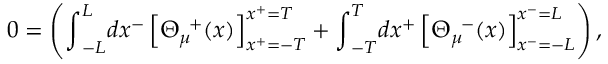
0 = \left( { \int } _ { - L } ^ { L } d x ^ { - } \left[ { \Theta } _ { \mu } ^ { \; \; + } ( x ) \right] _ { x ^ { + } = - T } ^ { x ^ { + } = T } + { \int } _ { - T } ^ { T } d x ^ { + } \left[ { \Theta } _ { \mu } ^ { \; \; - } ( x ) \right] _ { x ^ { - } = - L } ^ { x ^ { - } = L } \right) ,